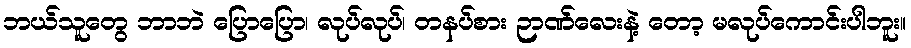
ဘယ်သူတွေ ဘာဘဲ ပြောပြော၊ လုပ်လုပ်၊ တနပ်စား ဉာဏ်လေးနဲ့ တော့ မလုပ်ကောင်းပါဘူး။